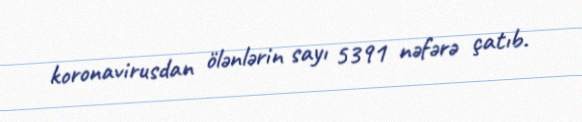
koronavirusdan ölənlərin sayı 5391 nəfərə çatıb.